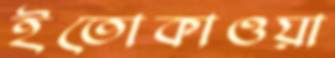
ইতোকাওয়া